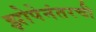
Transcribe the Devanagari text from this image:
झोपेनंतरची